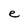
Character: e